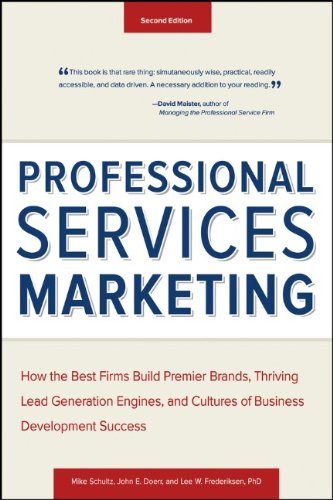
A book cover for Professional Services Marketing: How the Best Firms Build Premier Brands, Thriving Lead Generation Engines, and Cultures of Business Development Success; Mike Schultz; Business & Money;